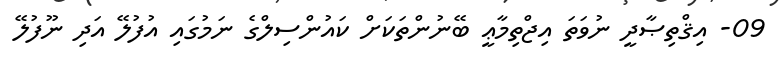
09- އިޤްތިޞާދީ ނުވަތަ އިޖްތިމާޢީ ބޭނުންތަކަށް ކައުންސިލްގެ ނަމުގައި އުފުލޭ އަދި ނޫފުލޭ